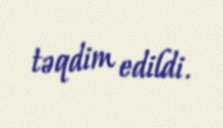
təqdim edildi.